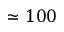
\simeq 1 0 0